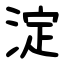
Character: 淀